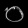
Digit: ၀